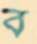
ব